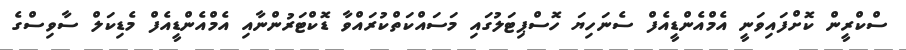
ސްކްރީން ކޮށްފައިވަނީ އެމްއެންޑީއެފް ސެނަހިޔަ ހޮސްޕިޓަލުގައި މަސައްކަތްކުރައްވާ ޑޮކްޓަރުންނާއި އެމްއެންޑީއެފް މެޑިކަލް ސާވިސްގެ